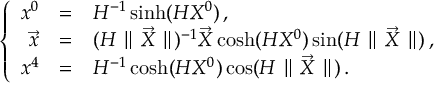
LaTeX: \left\{ \begin{array} { r c l l r } { { x ^ { 0 } } } & { { = } } & { { { \displaystyle H ^ { - 1 } \sinh ( H X ^ { 0 } ) } \, , } } \\ { { \vec { x } } } & { { = } } & { { ( H \parallel \vec { X } \parallel ) ^ { - 1 } \vec { X } \cosh ( H X ^ { 0 } ) \sin ( H \parallel \vec { X } \parallel ) \, , } } \\ { { x ^ { 4 } } } & { { = } } & { { H ^ { - 1 } \cosh ( H X ^ { 0 } ) \cos ( H \parallel \vec { X } \parallel ) \, . } } \end{array} \right.